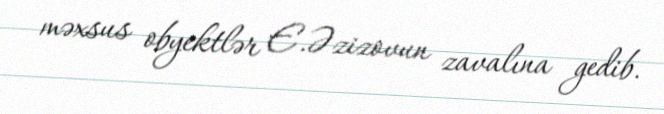
məxsus obyektlər E.Əzizovun zavalına gedib.